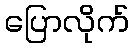
ပြောလိုက်